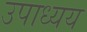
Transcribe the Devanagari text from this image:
उपाध्यय